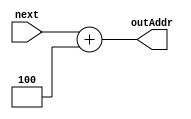
module adderFour(next, outAddr);

input [31:0] next;

output reg [31:0] outAddr;

always@(next) begin

outAddr = next + 32'd4;

end

endmodule